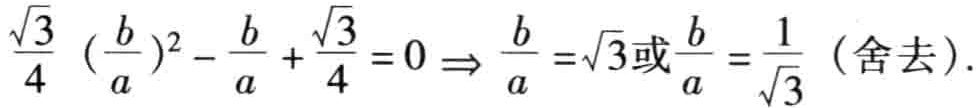
\(\frac{\sqrt{3}}{4} \left(\frac{b}{a}\right)^2 - \frac{b}{a} + \frac{\sqrt{3}}{4} = 0 \Rightarrow \frac{b}{a} =\sqrt{3}\text{或}\frac{b}{a} = \frac{1}{\sqrt{3}} \text{（舍去）}.\)